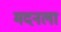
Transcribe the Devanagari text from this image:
मदनला